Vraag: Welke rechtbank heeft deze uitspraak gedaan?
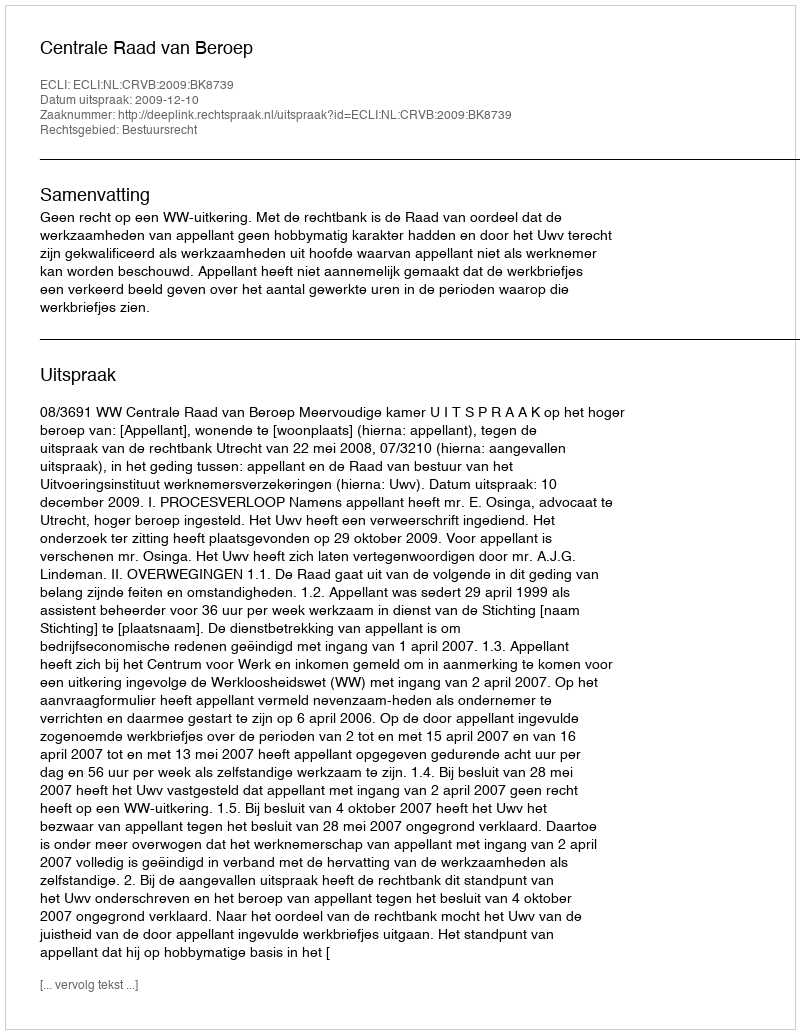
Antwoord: Centrale Raad van Beroep